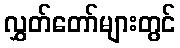
လွှတ်တော်များတွင်